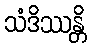
သံဒိဿန္တိ